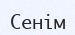
Сенім